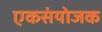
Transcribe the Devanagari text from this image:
एकसंयोजक